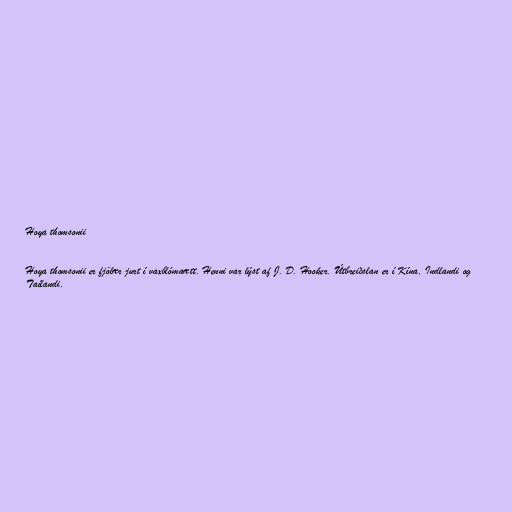
Hoya thomsonii

Hoya thomsonii er fjölær jurt í vaxblómaætt. Henni var lýst af J. D. Hooker. Útbreiðslan er í Kína, Indlandi og
Taílandi.